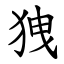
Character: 㹭